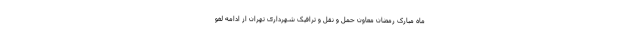
ماه مبارک رمضان معاون حمل و نقل و ترافیک شهرداری تهران از ادامه لغو